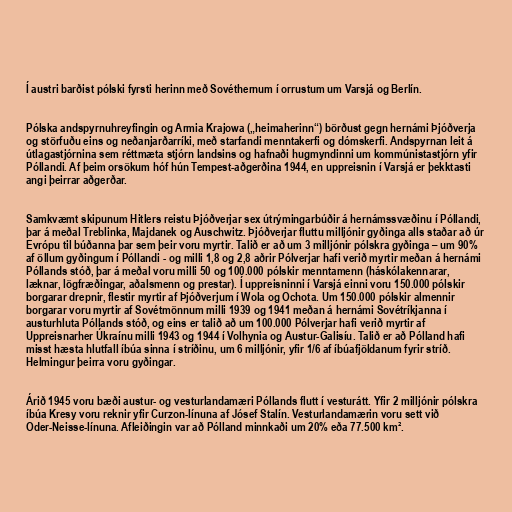
Í austri barðist pólski fyrsti herinn með Sovéthernum í orrustum um Varsjá og Berlín.

Pólska andspyrnuhreyfingin og Armia Krajowa („heimaherinn“) börðust gegn hernámi Þjóðverja
og störfuðu eins og neðanjarðarríki, með starfandi menntakerfi og dómskerfi. Andspyrnan leit á
útlagastjórnina sem réttmæta stjórn landsins og hafnaði hugmyndinni um kommúnistastjórn yfir
Póllandi. Af þeim orsökum hóf hún Tempest-aðgerðina 1944, en uppreisnin í Varsjá er þekktasti
angi þeirrar aðgerðar.

Samkvæmt skipunum Hitlers reistu Þjóðverjar sex útrýmingarbúðir á hernámssvæðinu í Póllandi,
þar á meðal Treblinka, Majdanek og Auschwitz. Þjóðverjar fluttu milljónir gyðinga alls staðar að úr
Evrópu til búðanna þar sem þeir voru myrtir. Talið er að um 3 milljónir pólskra gyðinga – um 90%
af öllum gyðingum í Póllandi - og milli 1,8 og 2,8 aðrir Pólverjar hafi verið myrtir meðan á hernámi
Póllands stóð, þar á meðal voru milli 50 og 100.000 pólskir menntamenn (háskólakennarar,
læknar, lögfræðingar, aðalsmenn og prestar). Í uppreisninni í Varsjá einni voru 150.000 pólskir
borgarar drepnir, flestir myrtir af Þjóðverjum í Wola og Ochota. Um 150.000 pólskir almennir
borgarar voru myrtir af Sovétmönnum milli 1939 og 1941 meðan á hernámi Sovétríkjanna í
austurhluta Póllands stóð, og eins er talið að um 100.000 Pólverjar hafi verið myrtir af
Uppreisnarher Úkraínu milli 1943 og 1944 í Volhynia og Austur-Galisíu. Talið er að Pólland hafi
misst hæsta hlutfall íbúa sinna í stríðinu, um 6 milljónir, yfir 1/6 af íbúafjöldanum fyrir stríð.
Helmingur þeirra voru gyðingar.

Árið 1945 voru bæði austur- og vesturlandamæri Póllands flutt í vesturátt. Yfir 2 milljónir pólskra
íbúa Kresy voru reknir yfir Curzon-línuna af Jósef Stalín. Vesturlandamærin voru sett við
Oder-Neisse-línuna. Afleiðingin var að Pólland minnkaði um 20% eða 77.500 km².